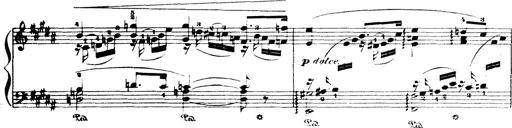
Title: Wagner-Liszt Album
Composer: Franz Liszt